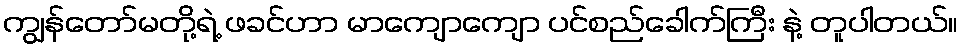
ကျွန်တော်မတို့ရဲ့ ဖခင်ဟာ မာကျောကျော ပင်စည်ခေါက်ကြီး နဲ့ တူပါတယ်။